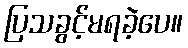
ပြသခွင့်မရခဲ့ပေ။